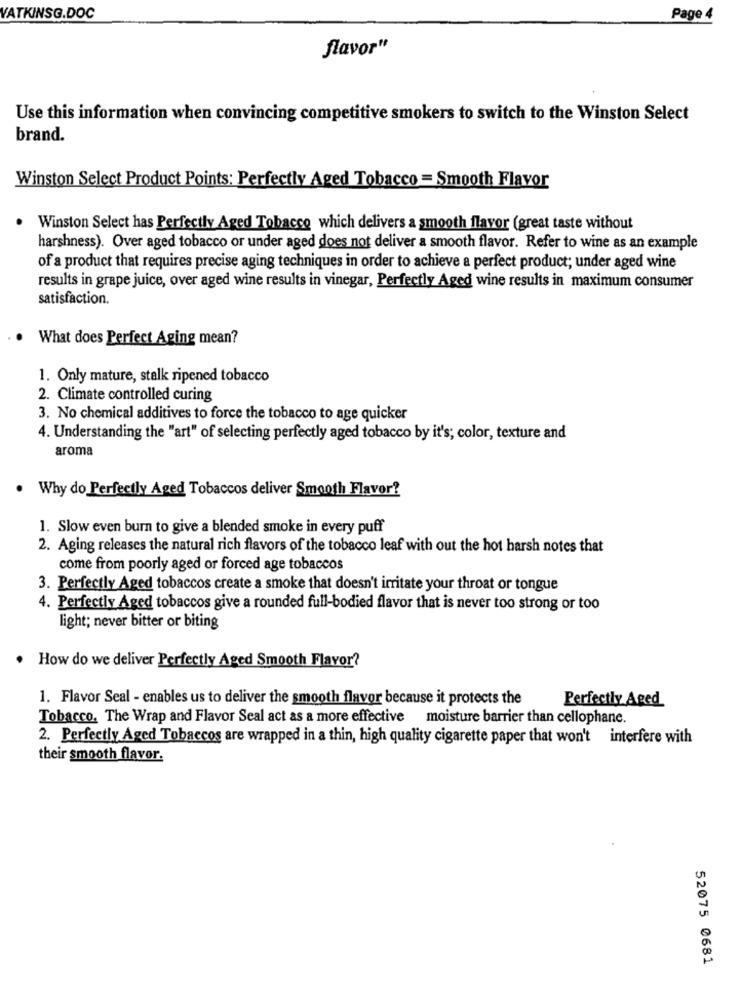
WATKINSG.DOC
Page 4
flavor"
Use this information when convincing competitive smokers to switch to the Winston Select
brand.
Winston Select Product Points: Perfectly Aged Tobacco = Smooth Flavor
Winston Select has Perfectly Aged Tobacco which delivers a smooth flavor (great taste without
harshness). Over aged tobacco or under aged does not deliver a smooth flavor. Refer to wine as an example
of a product that requires precise aging techniques in order to achieve a perfect product; under aged wine
results in grape juice, over aged wine results in vinegar, Perfectly Aged wine results in maximum consumer
satisfaction.
What does Perfect Aging mean?
1. Only mature, stalk ripened tobacco
2. Climate controlled curing
3. No chemical additives to force the tobacco to age quicker
4. Understanding the "art" of selecting perfectly aged tobacco by it's; color, texture and
aroma
. Why do Perfectly Aged Tobaccos deliver Smooth Flavor?
1. Slow even burn to give a blended smoke in every puff
2. Aging releases the natural rich flavors of the tobacco leaf with out the hot harsh notes that
come from poorly aged or forced age tobaccos
3. Perfectly Aged tobaccos create a smoke that doesn't irritate your throat or tongue
4. Perfectly Aged tobaccos give a rounded full-bodied flavor that is never too strong or too
light; never bitter or biting
How do we deliver Perfectly Aged Smooth Flavor?
1. Flavor Seal - enables us to deliver the smooth flavor because it protects the
Perfectly Aged
Tobacco. The Wrap and Flavor Seal act as a more effective moisture barrier than cellophane.
2. Perfectly Aged Tobaccos are wrapped in a thin, high quality cigarette paper that won't interfere with
their smooth flavor.
52075 0681